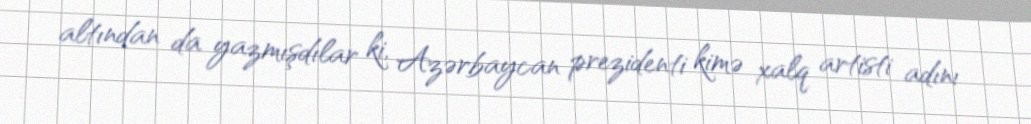
altından da yazmışdılar ki, Azərbaycan prezidenti kimə xalq artisti adını